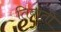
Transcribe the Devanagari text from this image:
तिबाती